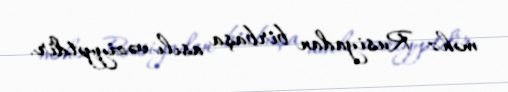
məhz Rusiyadan birbaşa asılı vəziyyətdir.